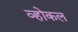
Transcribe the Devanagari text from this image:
व्होकल